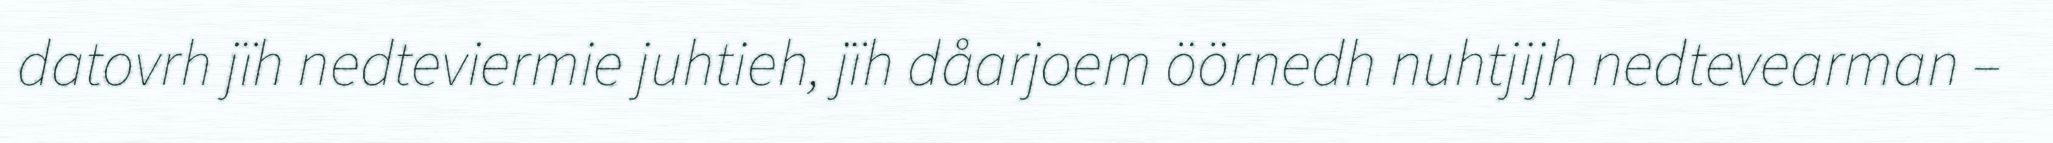
datovrh jïh nedteviermie juhtieh, jïh dåarjoem öörnedh nuhtjijh nedtevearman –